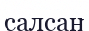
салсаң